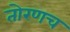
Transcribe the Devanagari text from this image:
तोरणच